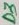
Text: D3